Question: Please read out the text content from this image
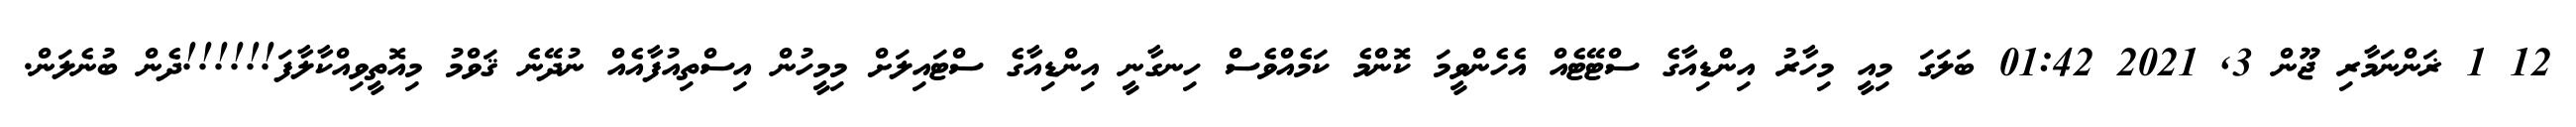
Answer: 12 1 ޜަންނަމާރި ޖޫން 3, 2021 01:42 ބަލަގަ މިއީ މިހާރު އިންޑިއާގެ ސްޓޭޓެއް އެހެންވީމަ ކޮންމެ ކަމެއްވެސް ހިނގާނީ އިންޑިއާގެ ސްޓައިލަށް މިމީހުން އިސްތިއުފާއެއް ނުދޭނެ ޤަވްމު މިއޮތީވިއްކާލާފަ!!!!!!ދެން ބުނެލަން.